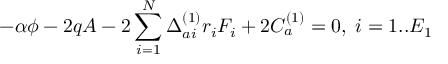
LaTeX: - \alpha \phi - 2 q A - 2 \sum _ { i = 1 } ^ { N } \Delta _ { a i } ^ { ( 1 ) } r _ { i } F _ { i } + 2 C _ { a } ^ { ( 1 ) } = 0 , \; i = 1 . . E _ { 1 }